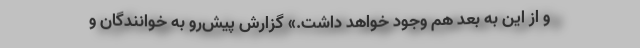
و از این به بعد هم وجود خواهد داشت.» گزارش پیش‌رو به خوانندگان و